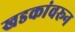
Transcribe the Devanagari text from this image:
खडकांवरून